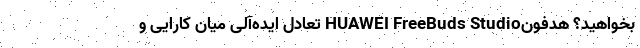
بخواهید؟ هدفونHUAWEI FreeBuds Studio تعادل ایده‌آلی میان کارایی و